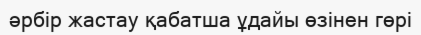
әрбір жастау қабатша ұдайы өзінен гөрі